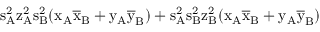
\mathrm { s _ { A } ^ { 2 } \mathrm { z _ { A } ^ { 2 } \mathrm { s _ { B } ^ { 2 } ( \mathrm { x _ { A } \mathrm { \overline { { x } } _ { B } + \mathrm { y _ { A } \mathrm { \overline { { y } } _ { B } ) + \mathrm { s _ { A } ^ { 2 } \mathrm { s _ { B } ^ { 2 } \mathrm { z _ { B } ^ { 2 } ( \mathrm { x _ { A } \mathrm { \overline { { x } } _ { B } + \mathrm { y _ { A } \mathrm { \overline { { y } } _ { B } ) } } } } } } } } } } } } } }